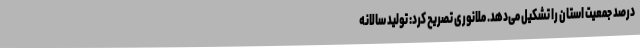
درصد جمعیت استان را تشکیل می‌دهد. ملانوری تصریح کرد: تولید سالانه